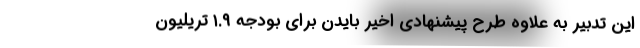
این تدبیر به علاوه طرح پیشنهادی اخیر بایدن برای بودجه ۱.۹ تریلیون